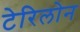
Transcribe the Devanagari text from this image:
टेरिलोन